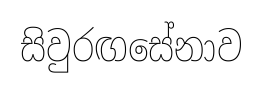
සිවුරඟසේනාව